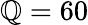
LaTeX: \mathbb{Q}=60